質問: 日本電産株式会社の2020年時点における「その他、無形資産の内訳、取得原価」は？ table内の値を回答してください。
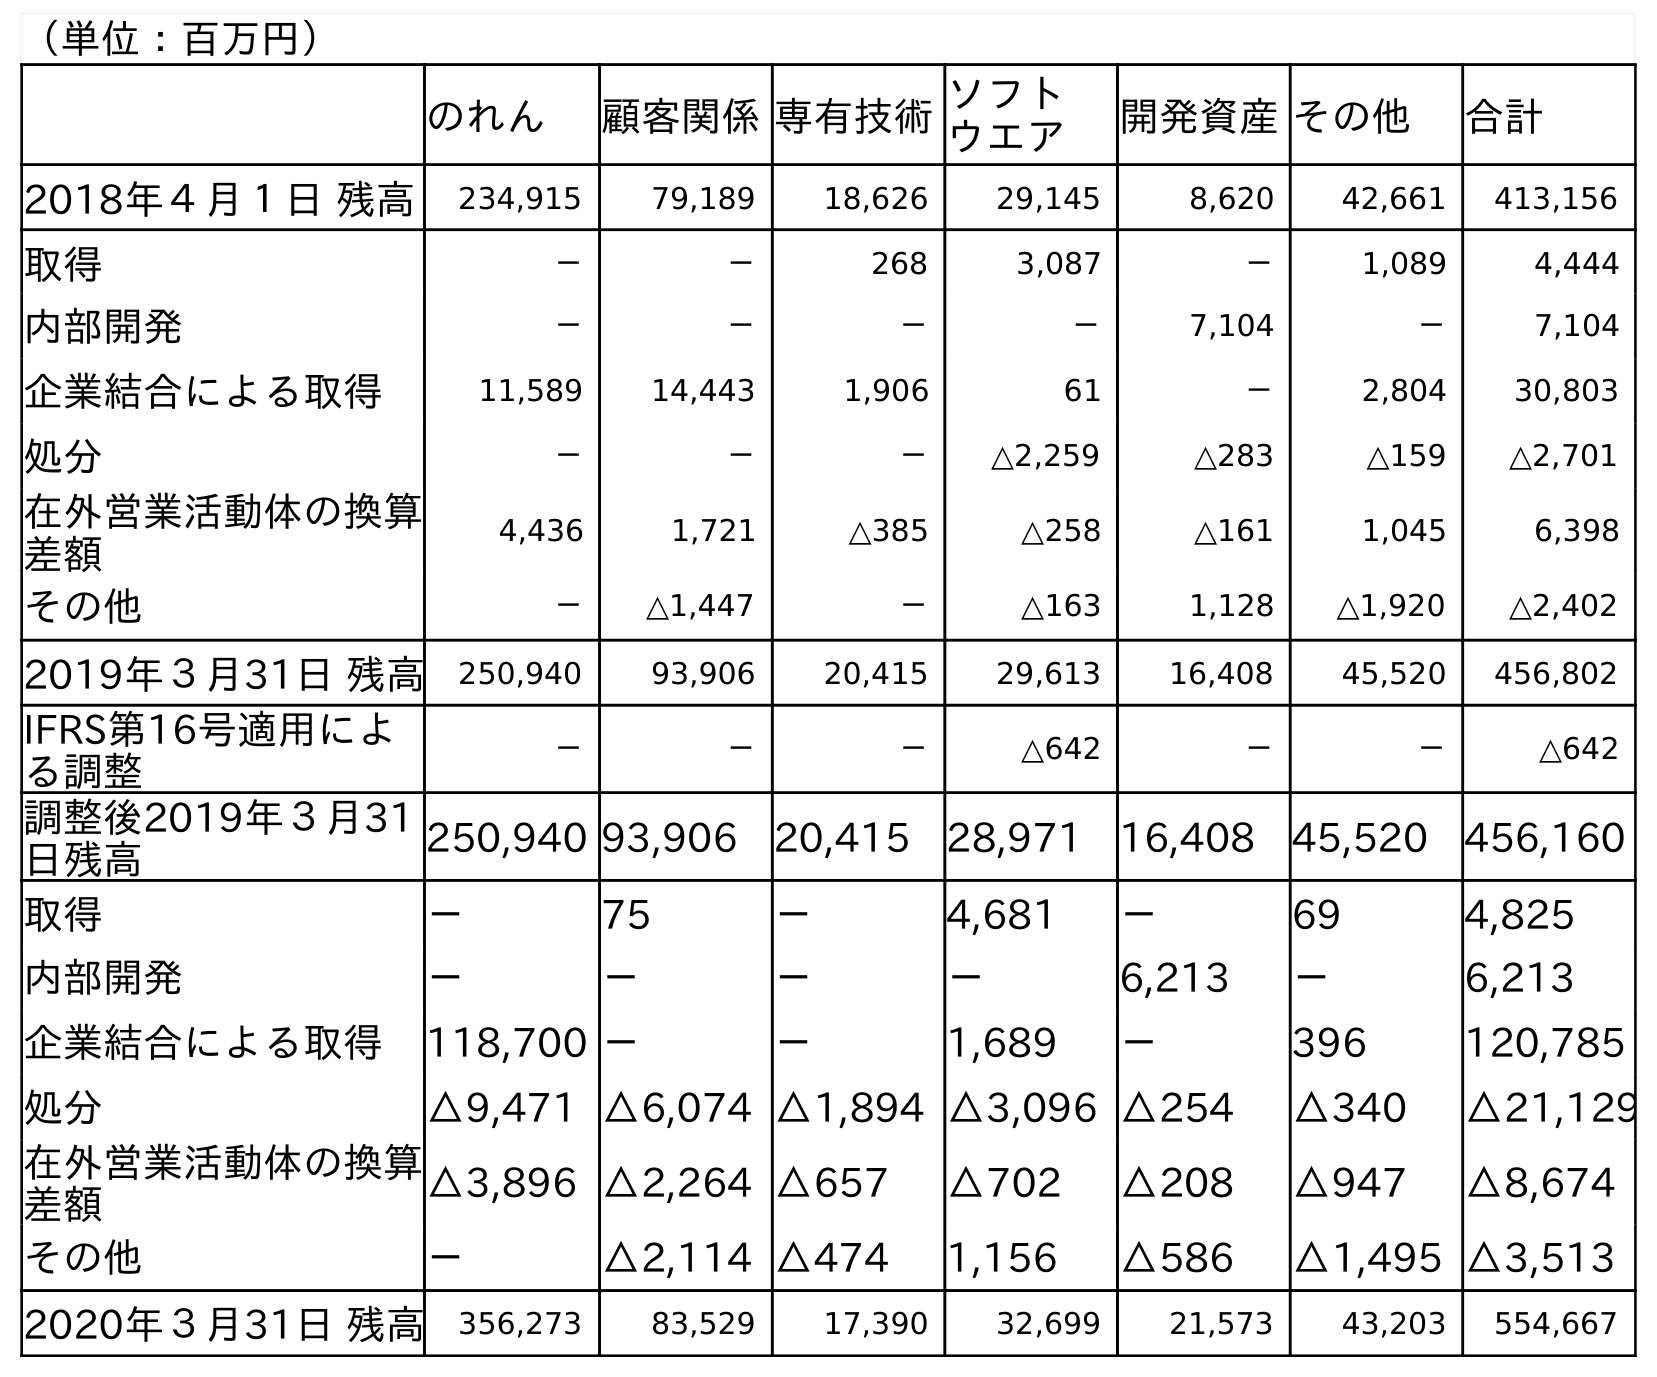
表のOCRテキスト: （単位：百万円） のれん 顧客関係専有技術ソフト ウエア 開発資産その他 合計 2018年４月１日 残高 234,915 79,189 18,626 29,145 8,620 42,661 413,156 取得 － － 268 3,087 － 1,089 4,444 内部開発 － － － － 7,104 － 7,104 企業結合による取得 11,589 14,443 1,906 61 － 2,804 30,803 処分 － － － △2,259 △283 △159 △2,701 在外営業活動体の換算 差額 4,436 1,721 △385 △258 △161 1,045 6,398 その他 － △1,447 － △163 1,128 △1,920 △2,402 2019年３月31日 残高 250,940 93,906 20,415 29,613 16,408 45,520 456,802 IFRS第16号適用によ る調整 － － － △642 － － △642 調整後2019年３月31 日残高 250,940 93,906 20,415 28,971 16,408 45,520 456,160 取得 － 75 － 4,681 － 69 4,825 内部開発 － － － － 6,213 － 6,213 企業結合による取得 118,700 － － 1,689 － 396 120,785 処分 △9,471 △6,074 △1,894 △3,096 △254 △340 △21,129 在外営業活動体の換算 差額 △3,896 △2,264 △657 △702 △208 △947 △8,674 その他 － △2,114 △474 1,156 △586 △1,495 △3,513 2020年３月31日 残高 356,273 83,529 17,390 32,699 21,573 43,203 554,667
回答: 43,203